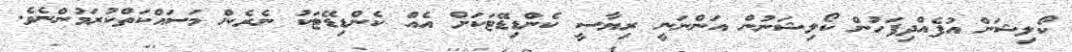
ކޯލިޝަން އުފެއްދިފަހުން ކޯލިޝަނުން އަންނަނީ ރިޔާސީ ކެންޑިޑޭޓަކަށް އެއް ކެންޑިޑޭޓަކު ނެރެން މަސައްކަތްކުރަމުންނެވެ.